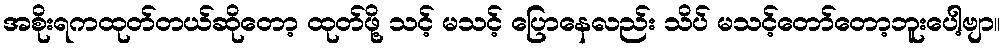
အစိုးရကထုတ်တယ်ဆိုတော့ ထုတ်ဖို့ သင့် မသင့် ပြောနေလည်း သိပ် မသင့်တော်တော့ဘူးပေါ့ဗျာ။